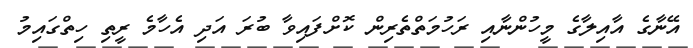
އޭނާގެ އާއިލާގެ މީހުންނާއި ރަހުމަތްތެރިން ކޮށްފައިވާ ބުރަ އަދި އެހާމެ ރީތި ހިތްގައިމު